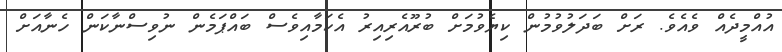
އުއްމީދެއް ވެއެވެ. ރަށް ބަދަލުވުމުން ކިޔެވުމަށް ބުރޫއެރިއިރު އެކަމާއިވެސް ބައްޕަމެން ނުވިސްނާކަން ހެނާއަށް